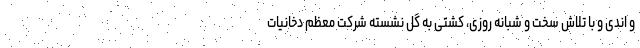
و اندی و با تلاش سخت و شبانه روزی، کشتی به گِل نشسته شرکت معظم دخانیات